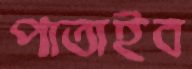
পাতাইব